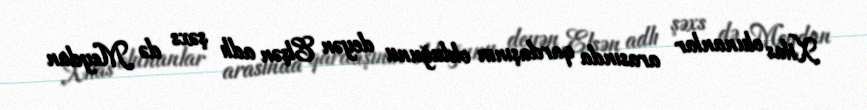
Xilas olunanlar arasında qardaşının olduğunu deyən Elşən adlı şəxs də Meydan